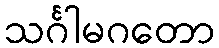
သင်္ဂါမဂတော